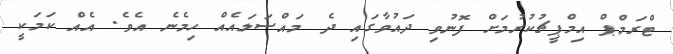
ޓްރަމްޕް އިމްޕީޗުކުރުމަށް ފޮނުވި ދައުވާގައި ދެ މައްސަލައެއް ހިމެނެ އެވެ. އެއް ކަމަކީ